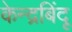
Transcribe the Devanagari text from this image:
केन्द्रबिंदू